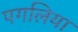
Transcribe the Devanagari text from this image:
पगलिया